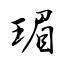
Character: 瑂